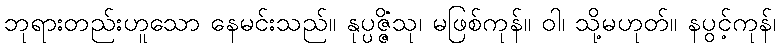
ဘုရားတည်းဟူသော နေမင်းသည်။ နုပ္ပဇ္ဇိံသု၊ မဖြစ်ကုန်။ ဝါ၊ သို့မဟုတ်။ နပွင့်ကုန်၊